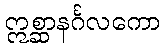
ဣစ္ဆာနင်္ဂလကော